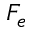
F _ { e }